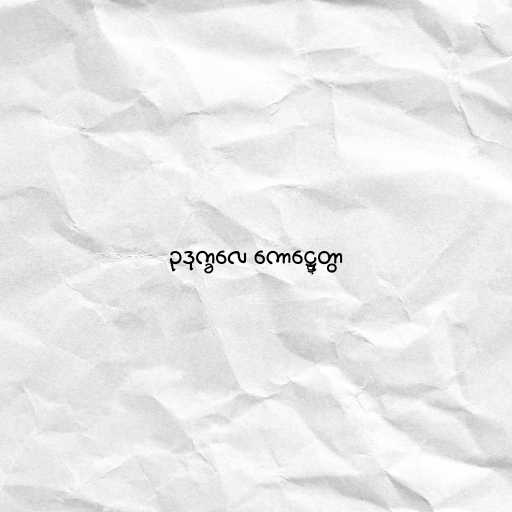
ဥဒုက္ခလေ ကောဋ္ဋေတွာ